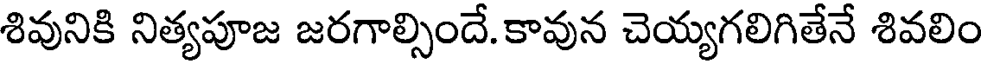
శివునికి నిత్యపూజ జరగాల్సిందే. కావున చెయ్యగలిగితేనే శివలిం